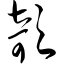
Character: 欹